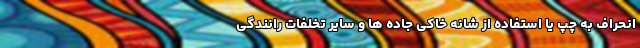
انحراف به چپ یا استفاده از شانه خاکی جاده ها و سایر تخلفات رانندگی